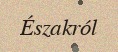
Északról